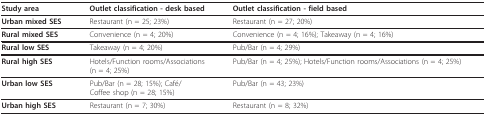
| Study area | Outlet classification - desk based | Outlet classification - field based |
 | --- | --- | --- |
 | Urban mixed SES | Restaurant (n = 25; 23%) | Restaurant (n = 27; 20%) |
 | Rural mixed SES | Convenience (n = 4; 20%) | Convenience (n = 4; 16%); Takeaway (n = 4; 16%) |
 | Rural low SES | Takeaway (n = 4; 20%) | Pub/Bar (n = 4; 29%) |
 | Rural high SES | Hotels/Function rooms/Associations(n = 4; 25%) | Pub/Bar (n = 4; 25%); Hotels/Function rooms/Associations (n = 4; 25%) |
 | Urban low SES | Pub/Bar (n = 28; 15%); Café/Coffee shop (n = 28; 15%) | Pub/Bar (n = 43; 23%) |
 | Urban high SES | Restaurant (n = 7; 30%) | Restaurant (n = 8; 32%) |